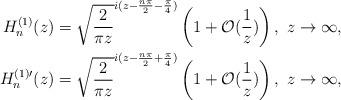
LaTeX: \begin{align*}H_n^{(1)}(z) &= \sqrt{\frac{2}{\pi z}} ^{i(z-\frac{n\pi}{2}-\frac{\pi}{4})} \left( 1+\mathcal{O}(\frac{1}{z})\right), \ z \to \infty, \\H_n^{(1)\prime}(z) &= \sqrt{\frac{2}{\pi z}} ^{i(z-\frac{n\pi}{2}+\frac{\pi}{4})} \left( 1+\mathcal{O}(\frac{1}{z})\right), \ z \to \infty,\end{align*}